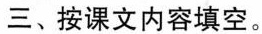
三、按课文内容填空。